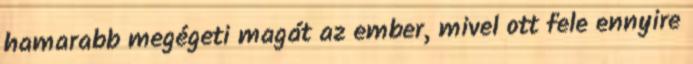
hamarabb megégeti magát az ember, mivel ott fele ennyire